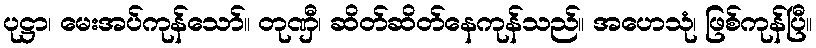
ပုဋ္ဌာ၊ မေးအပ်ကုန်သော်။ တုဏှီ၊ ဆိတ်ဆိတ်နေကုန်သည်။ အဟေသုံ၊ ဖြစ်ကုန်ပြီ။